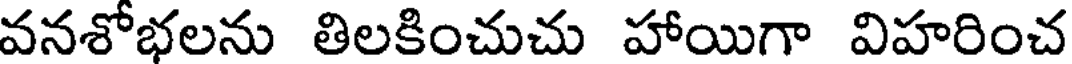
వనశోభలను తిలకించుచు హాయిగా విహరించ